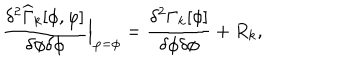
\frac { \delta ^ { 2 } \widehat { \Gamma } _ { k } [ \phi , \varphi ] } { \delta \phi \delta \phi } { \Big | } _ { \varphi = \phi } = \frac { \delta ^ { 2 } \Gamma _ { k } [ \phi ] } { \delta \phi \delta \phi } + R _ { k } ,